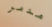
مدمر